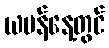
ယမန်နေ့တွင်